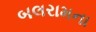
બલરામના